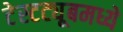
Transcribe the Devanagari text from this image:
टेस्टट्यूबमध्ये